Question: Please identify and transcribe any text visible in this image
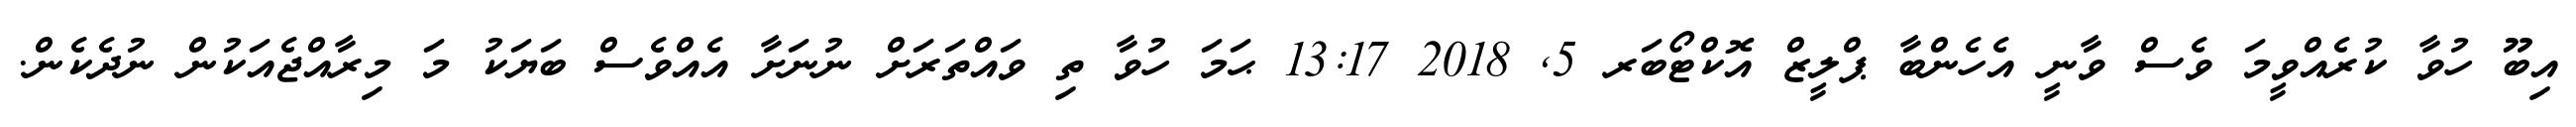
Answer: އިބޫ ހުވާ ކުރެއްވީމަ ވެސް ވާނީ އެހެންބާ ޕްލީޒް އޮކްޓޯބަރ 5, 2018 13:17 ޙަމަ ހުވާ ތި ވައްތަރަށް ނުނަށާ އެއްވެސް ބަޔަކު މަ މިރާއްޖެއަކުން ނުދެކެން.